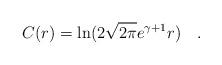
LaTeX: \begin{align*}C(r)=\ln(2\sqrt{2\pi}e^{\gamma +1} r)\quad . \end{align*}